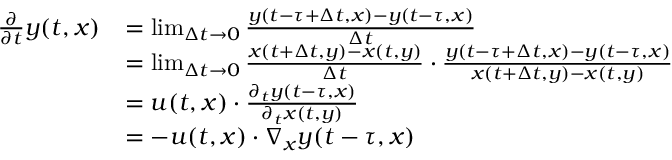
\begin{array} { r l } { \frac { \partial } { \partial t } y ( t , x ) } & { = \operatorname* { l i m } _ { \Delta t \rightarrow 0 } \frac { y ( t - \tau + \Delta t , x ) - y ( t - \tau , x ) } { \Delta t } } \\ & { = \operatorname* { l i m } _ { \Delta t \rightarrow 0 } \frac { x ( t + \Delta t , y ) - x ( t , y ) } { \Delta t } \cdot \frac { y ( t - \tau + \Delta t , x ) - y ( t - \tau , x ) } { x ( t + \Delta t , y ) - x ( t , y ) } } \\ & { = u ( t , x ) \cdot \frac { \partial _ { t } y ( t - \tau , x ) } { \partial _ { t } x ( t , y ) } } \\ & { = - u ( t , x ) \cdot \nabla _ { x } y ( t - \tau , x ) } \end{array}